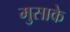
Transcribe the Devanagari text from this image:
मुसाके